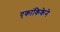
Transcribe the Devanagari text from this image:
एकांकिकेने